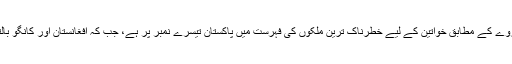
تھامس رائیٹرز فاؤنڈیشن کے ایک سروے کے مطابق خواتین کے لیے خطرناک ترین ملکوں کی فہرست میں پاکستان تیسرے نمبر پر ہے، جب کہ افغانستان اور کانگو بالترتیب پہلے اور دوسرے نمبر پر ہیں۔